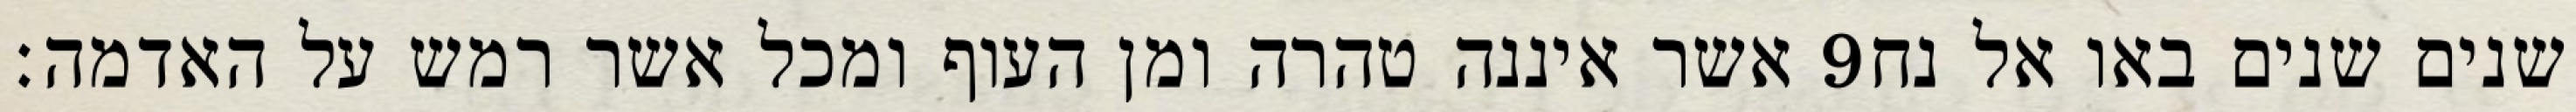
אשר איננה טהרה ומן העוף ומכל אשר רמש על האדמה׃ ‎9‏ שנים שנים באו אל נח